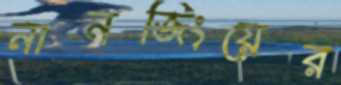
নানজিংয়ের